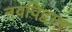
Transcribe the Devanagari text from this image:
नवविद्वान